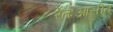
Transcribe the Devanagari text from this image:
रेतःआसीत्